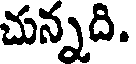
చున్నది.